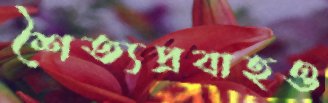
শৈত্যপ্রবাহও